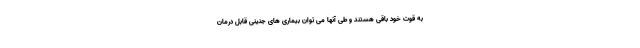
به قوت خود باقی هستند و طی آنها می توان بیماری های جنینی قابل درمان